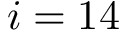
i = 1 4